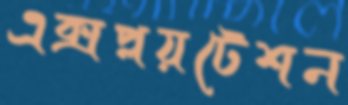
এক্সপ্লয়টেশন